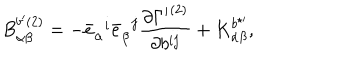
LaTeX: { B } _ { \alpha \beta } ^ { b ^ { \prime } ( 2 ) } = - { \bar { e } } _ { \alpha } ^ { \; \; i } { \bar { e } } _ { \beta } ^ { \; \; j } \frac { \partial { \Gamma ^ { \prime } } ^ { ( 2 ) } } { \partial b ^ { i j } } + { K } _ { \alpha \beta } ^ { b ^ { \star \prime } } ,